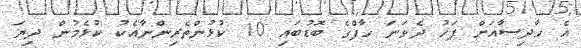
އެ ހާދިސާއަށް ފަހު ދެވަނަ ހާފްގެ ބޮޑުބައި 10 ކުޅުންތެރިންނާއެކު ކުޅެމުން ދިޔަ